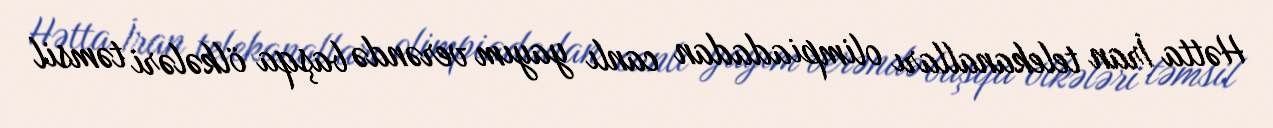
Hətta İran telekanalları olimpiadadan canlı yayım verəndə başqa ölkələri təmsil